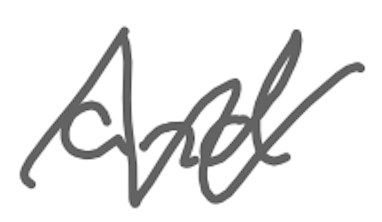
Text: and
Cross-out: zig-zag
Writing tool: digital_gray